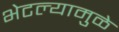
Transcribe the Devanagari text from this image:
भेटल्यामुळे